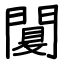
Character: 闅